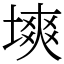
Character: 塽